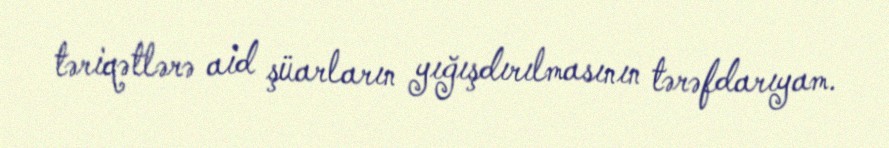
təriqətlərə aid şüarların yığışdırılmasının tərəfdarıyam.